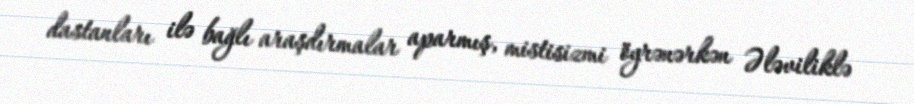
dastanları ilə bağlı araşdırmalar aparmış, mistisizmi öyrənərkən Ələviliklə